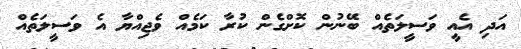
އަދި އެއީ ވަސީލަތެއް ބޭނުން ކޮށްގެން ކުރާ ކަމެއް ވެޖިއްޔާ އެ ވަސީލަތެއް